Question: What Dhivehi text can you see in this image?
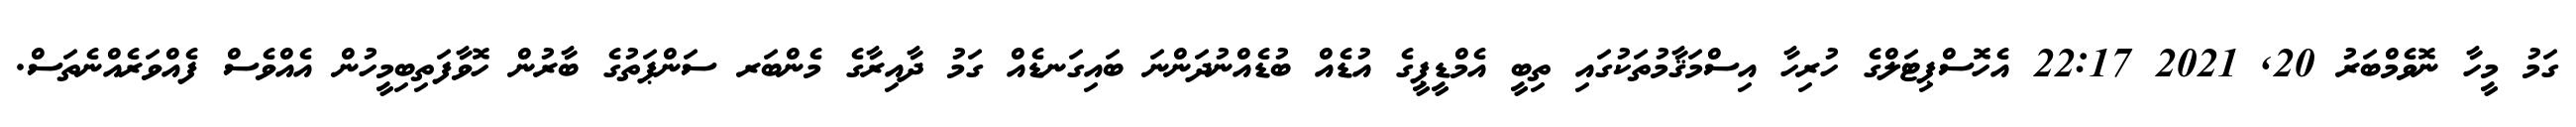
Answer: ގަމު މީހާ ނޮވެމްބަރު 20, 2021 22:17 އެހޮސްޕިޓަލްގެ ހުރިހާ އިސްމަޤާމުތަކުގައި ތިބީ އެމްޑީޕީގެ އުޑެއް ބުޑެއްނުދަންނަ ބައިގަނޑެއް ގަމު ދާއިރާގެ މެންބަރ ސަންޕަތުގެ ބާރުން ހޮވާފަތިބިމީހުން އެއްވެސް ފެއްވަރެއްނެތަސް.